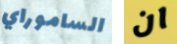
الساموراي ان